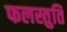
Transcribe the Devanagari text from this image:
फलस्तुति